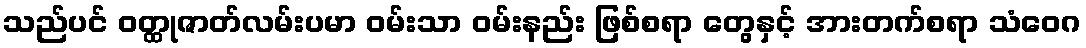
သည်ပင် ဝတ္ထုဇာတ်လမ်းပမာ ဝမ်းသာ ဝမ်းနည်း ဖြစ်စရာ တွေနှင့် အားတက်စရာ သံဝေဂ